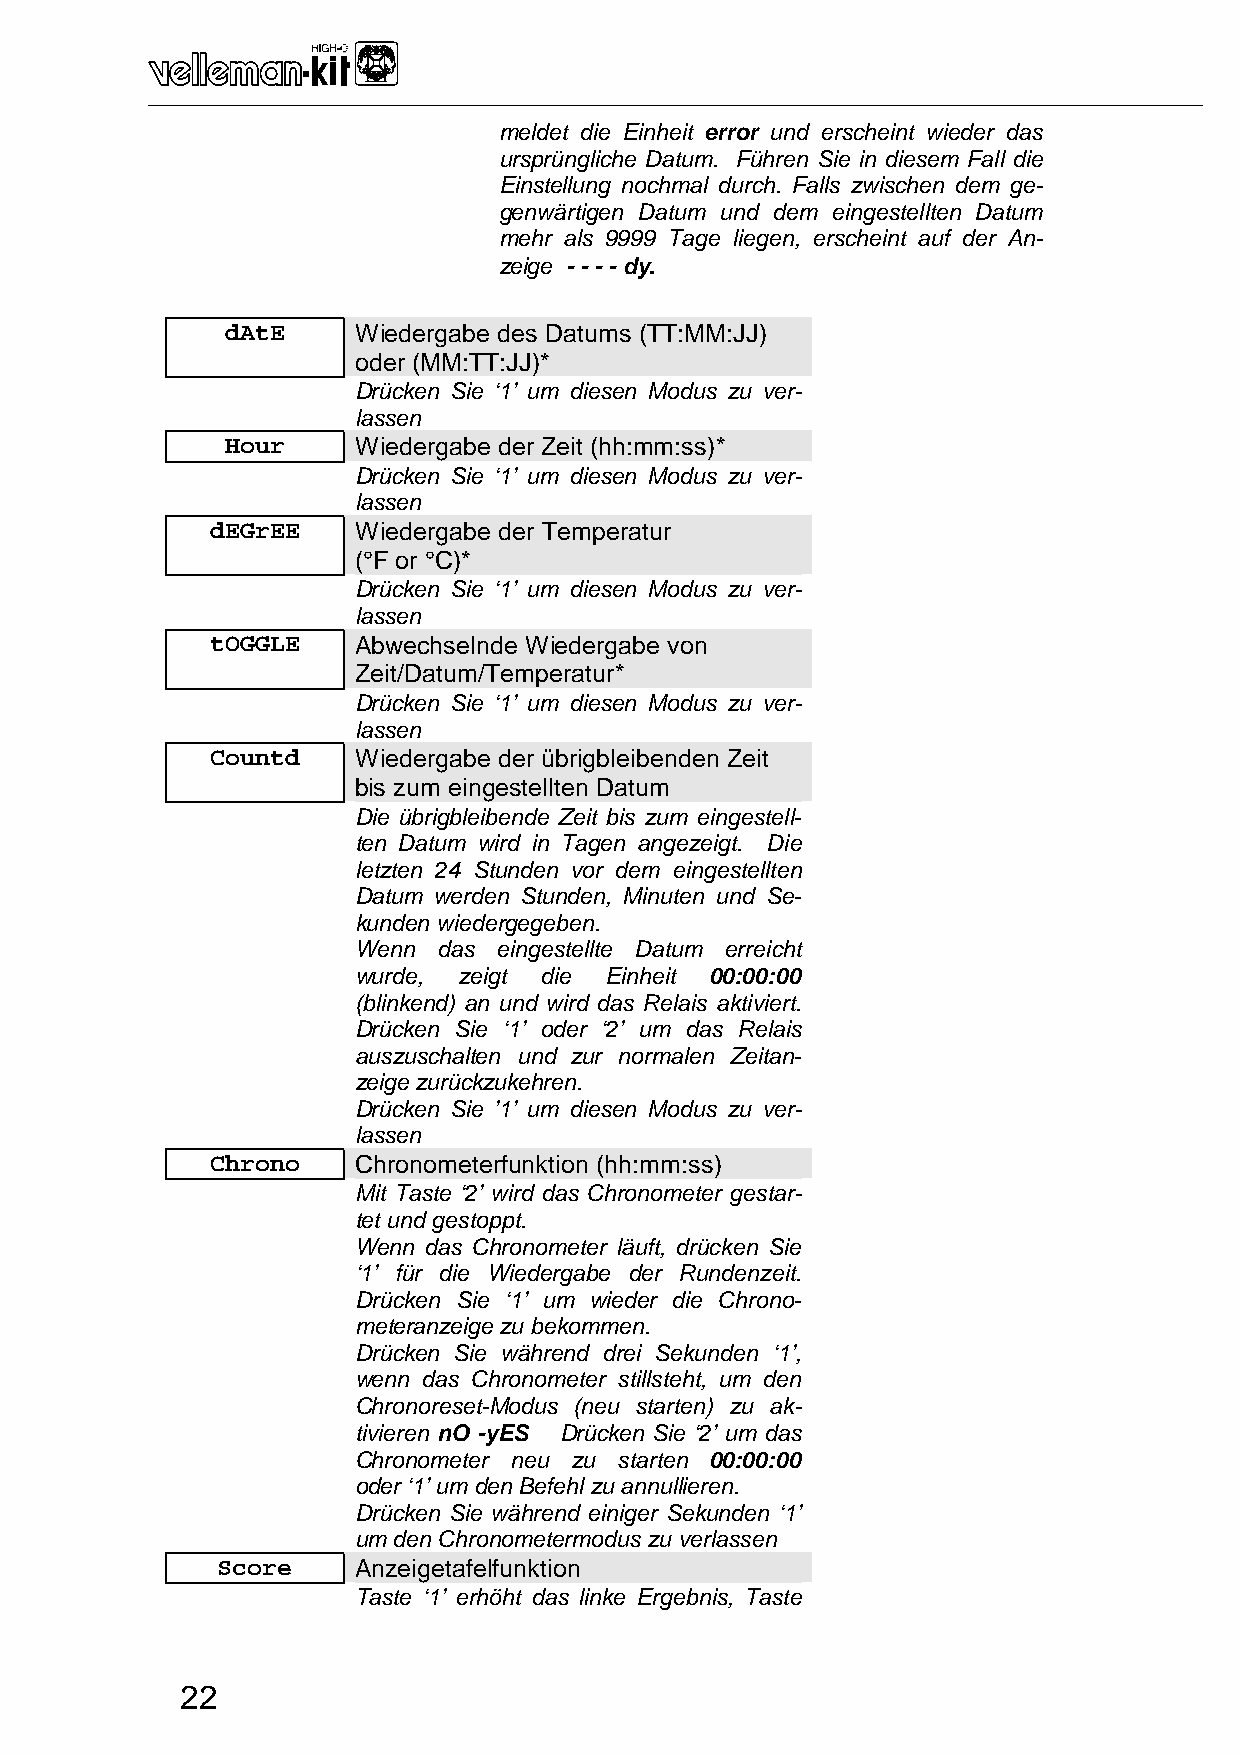
_______________________________________________________________________________________________________________________________________________________
 meldet die Einheit error und erscheint wieder das
 ursprüngliche Datum. Führen Sie in diesem Fall die
 Einstellung nochmal durch. Falls zwischen dem ge-
 genwärtigen Datum und dem eingestellten Datum
 mehr als 9999 Tage liegen, erscheint auf der An-
 zeige - - - - dy.
 dAtE    Wiedergabe des Datums (TT:MM:JJ)
 oder (MM:TT:JJ)*
 Drücken Sie ‘1’ um diesen Modus zu ver-
 lassen
 Hour    Wiedergabe der Zeit (hh:mm:ss)*
 Drücken Sie ‘1’ um diesen Modus zu ver-
 lassen
 dEGrEE   Wiedergabe der Temperatur
 (°F or °C)*
 Drücken Sie ‘1’ um diesen Modus zu ver-
 lassen
 tOGGLE   Abwechselnde Wiedergabe von
 Zeit/Datum/Temperatur*
 Drücken Sie ‘1’ um diesen Modus zu ver-
 lassen
 Countd   Wiedergabe der übrigbleibenden Zeit
 bis zum eingestellten Datum
 Die übrigbleibende Zeit bis zum eingestell-
 ten Datum wird in Tagen angezeigt. Die
 letzten 24 Stunden vor dem eingestellten
 Datum werden Stunden, Minuten und Se-
 kunden wiedergegeben.
 Wenn  das eingestellte Datum erreicht
 wurde, zeigt die Einheit 00:00:00
 (blinkend) an und wird das Relais aktiviert.
 Drücken Sie ‘1’ oder ‘2’ um das Relais
 auszuschalten und zur normalen Zeitan-
 zeige zurückzukehren.
 Drücken Sie ’1’ um diesen Modus zu ver-
 lassen
 Chrono   Chronometerfunktion (hh:mm:ss)
 Mit Taste ‘2’ wird das Chronometer gestar-
 tet und gestoppt.
 Wenn das Chronometer läuft, drücken Sie
 ‘1’ für die Wiedergabe der Rundenzeit.
 Drücken Sie ‘1’ um wieder die Chrono-
 meteranzeige zu bekommen.
 Drücken Sie während drei Sekunden ‘1’,
 wenn das Chronometer stillsteht, um den
 Chronoreset-Modus (neu starten) zu ak-
 tivieren nO -yES Drücken Sie ‘2’ um das
 Chronometer neu zu starten 00:00:00
 oder ‘1’ um den Befehl zu annullieren.
 Drücken Sie während einiger Sekunden ‘1’
 um den Chronometermodus zu verlassen
 Score    Anzeigetafelfunktion
 Taste ‘1’ erhöht das linke Ergebnis, Taste
 ‘2’ das rechte.
 22